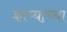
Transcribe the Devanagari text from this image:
काप्याच्या